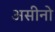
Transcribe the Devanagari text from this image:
असीनो